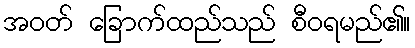
အဝတ် ခြောက်ထည်သည် စီဝရမည်၏။